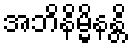
အဘိနိမ္မိနန္တိ